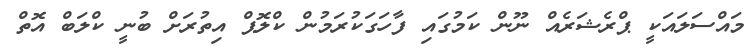
މައްސަލައަކީ ޕްރެޝަރެއް ނޫން ކަމުގައި ފާހަގަކުރަމުން ކްލޮޕް އިތުރަށް ބުނީ ކްލަބް އޮތް